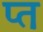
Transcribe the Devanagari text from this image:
प्त